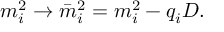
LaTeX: m _ { i } ^ { 2 } \rightarrow \bar { m } _ { i } ^ { 2 } = m _ { i } ^ { 2 } - q _ { i } D .